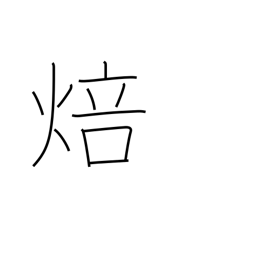
Meaning: fire